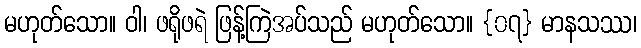
မဟုတ်သော။ ဝါ၊ ဖရိုဖရဲ ဖြန့်ကြဲအပ်သည် မဟုတ်သော။ {၀၇} မာနသဿ၊